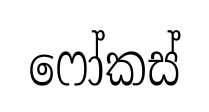
ෆෝකස්